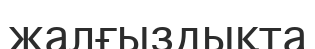
жалғыздықта